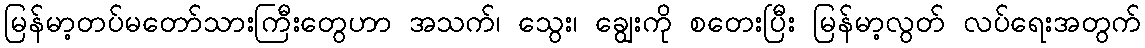
မြန်မာ့တပ်မတော်သားကြီးတွေဟာ အသက်၊ သွေး၊ ချွေးကို စတေးပြီး မြန်မာ့လွတ် လပ်ရေးအတွက်